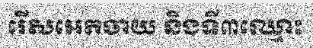
រើសអេតចាយ និងទី៣ឈ្មោះ